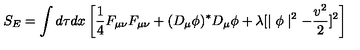
S _ { E } = \int d \tau d x \left[ \frac { 1 } { 4 } F _ { \mu \nu } F _ { \mu \nu } + ( D _ { \mu } \phi ) ^ { \ast } D _ { \mu } \phi + \lambda [ \mid \phi \mid ^ { 2 } - \frac { v ^ { 2 } } { 2 } ] ^ { 2 } \right]